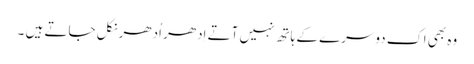
وہ بھی اک دوسرے کے ہاتھ نہیں آتے اِدھر اُدھر نکل جاتے ہیں ۔